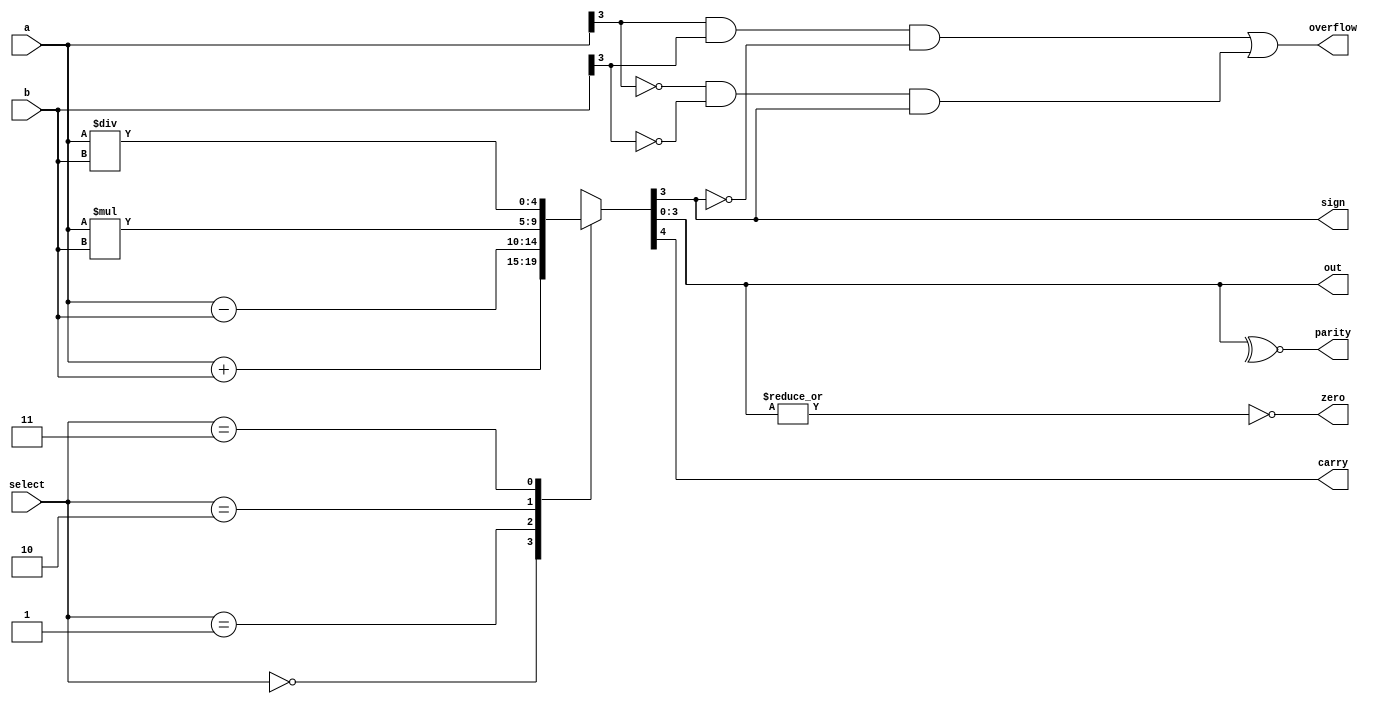
module alu(
           a         ,  //input
           b         ,  //input
           select    ,  //input
           zero      ,  //zero flag
           carry     ,  //carry flag
           sign      ,  //sign flag
           parity    ,  //parity flag
           overflow  ,  //overflow flag
           out          //output
           )         ;

input [3:0]a, b                                 ;
input [1:0] select                              ;
output reg [3:0]out                             ;
output reg zero, carry, sign, parity, overflow  ;

always @ (a or b)
   begin
      case (select)
         0 : {carry, out} = a + b   ;
         1 : {carry, out} = a - b   ;
         2 : {carry, out} = a * b   ;
         3 : {carry, out} = a / b   ;
      endcase

      zero     =  ~|out                                              ;
      sign     =  out[3]                                             ;
      parity   =  ~^out                                              ;
      overflow =  (a[3] & b[3] & ~out[3]) | (~a[3] & ~b[3] & out[3]) ;

   end
 
endmodule